Preliminary report on the killing of rats and rat fleas by hydrocyanic acid gas - Number 38
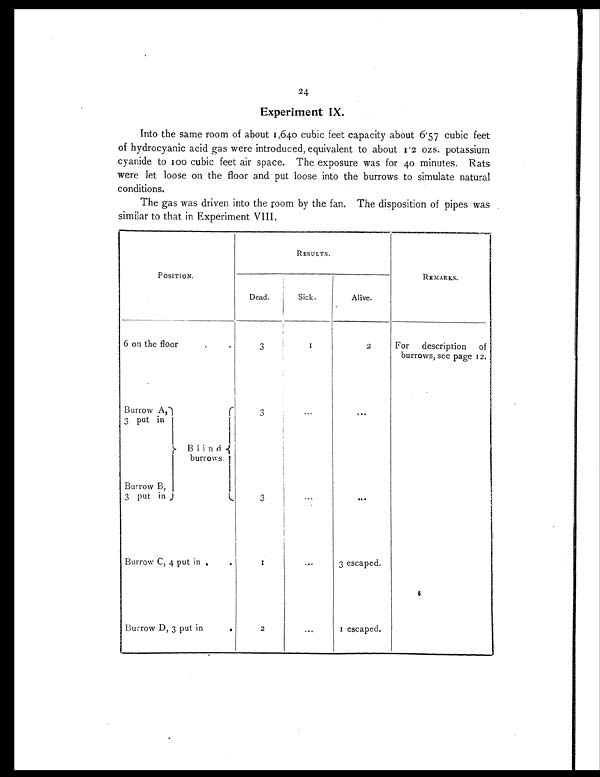
24
Experiment IX.
Into the same room of about 1,640 cubic feet capacity about 6.57 cubic feet
of hydrocyanic acid gas were introduced, equivalent to about 1.2 ozs. potassium
cyanide to 100 cubic feet air space. The exposure was for 40 minutes. Rats
were let loose on the floor and put loose into the burrows to simulate natural
conditions.
The gas was driven into the room by the fan. The disposition of pipes was
similar to that in Experiment VIII.
POSITION.
RESULTS.
REMARKS.
Dead.
Sick.
Alive.
6 on the floor
.
.
3
1
2
For description of
burrows, see page 12.
Burrow A,
3 put in
3
. . .
. . .
Blind
burrows.
Burrow B,
3 put in
3
...
...
Burrow C, 4 put in .
.
1
. . . 3 escaped.
Burrow D, 3 put in
.
2
. . . 1 escaped.